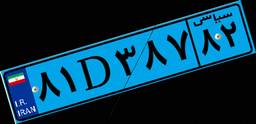
۹۰D۲۵۶۶۰